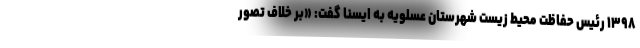
۱۳۹۸ رئیس حفاظت محیط زیست شهرستان عسلویه به ایسنا گفت: «بر خلاف تصور